65_HS1-834228961_62-HQ-83894_Section_3
Agency: FBI
Page 166
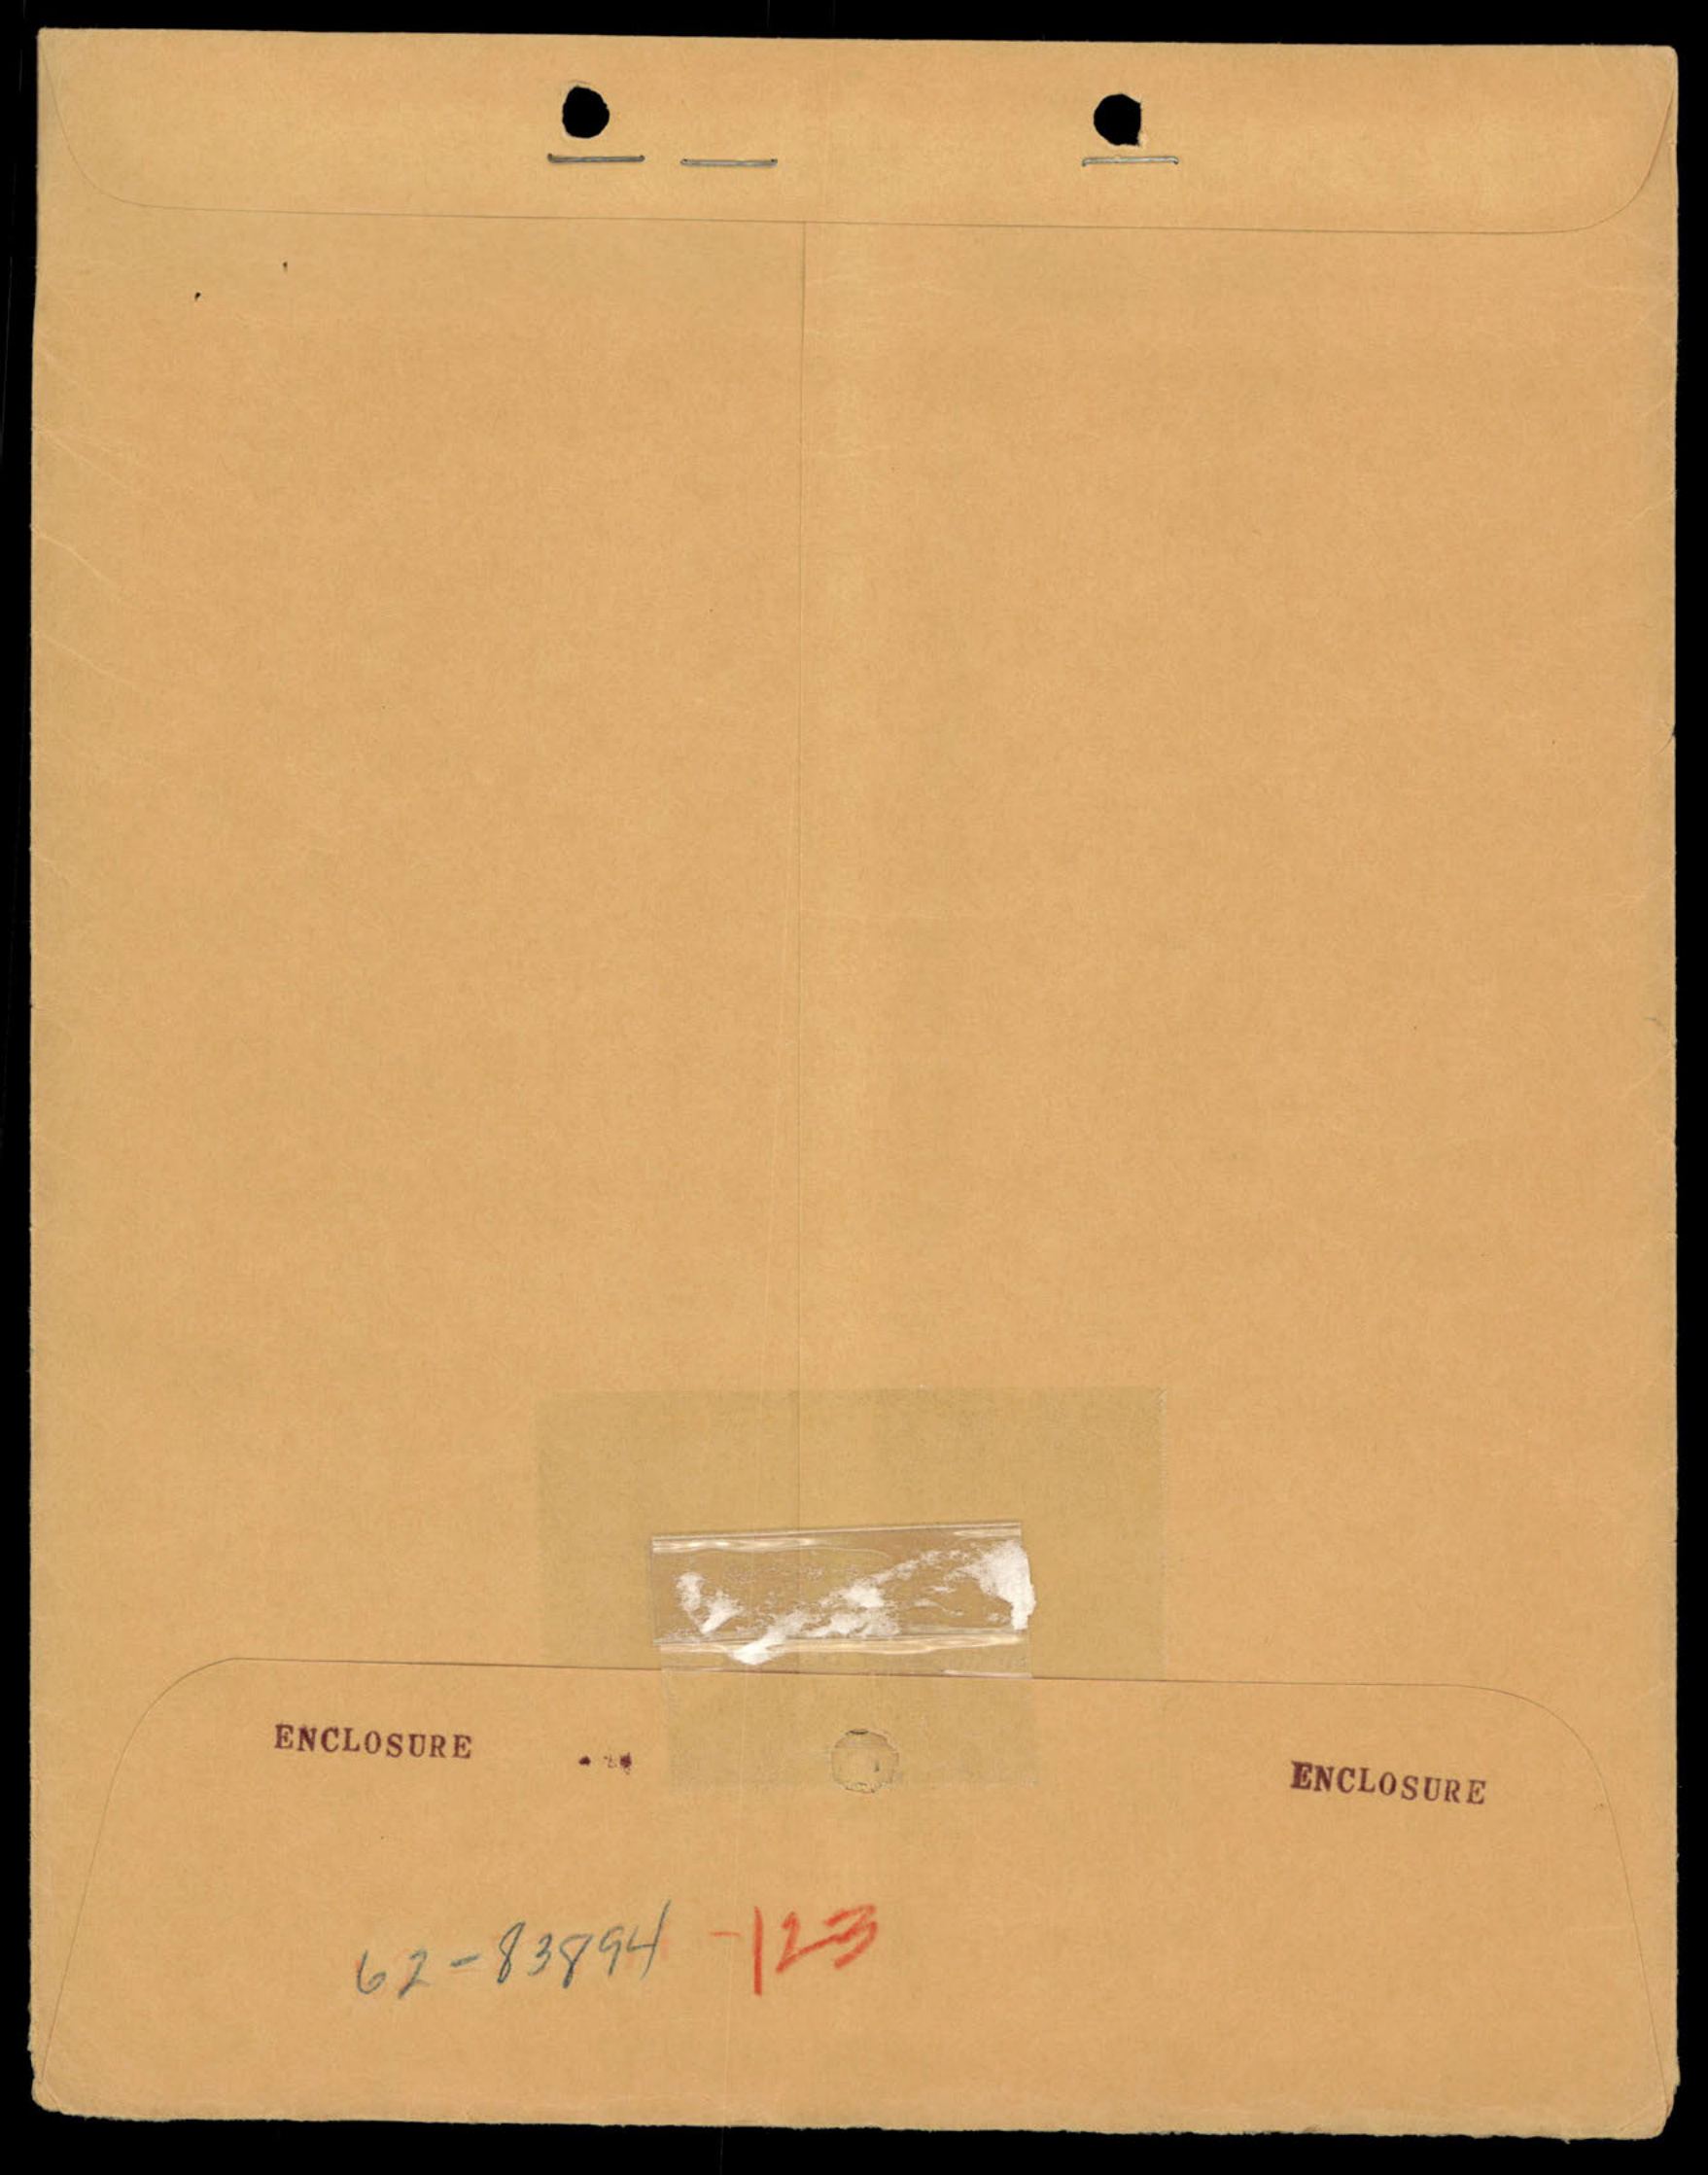